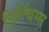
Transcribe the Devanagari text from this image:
हित्चिंग्स